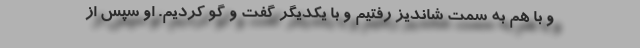
و با هم به سمت شاندیز رفتیم و با یکدیگر گفت و گو کردیم. او سپس از